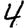
Digit: 4